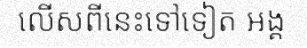
លើសពីនេះទៅទៀត អង្គ